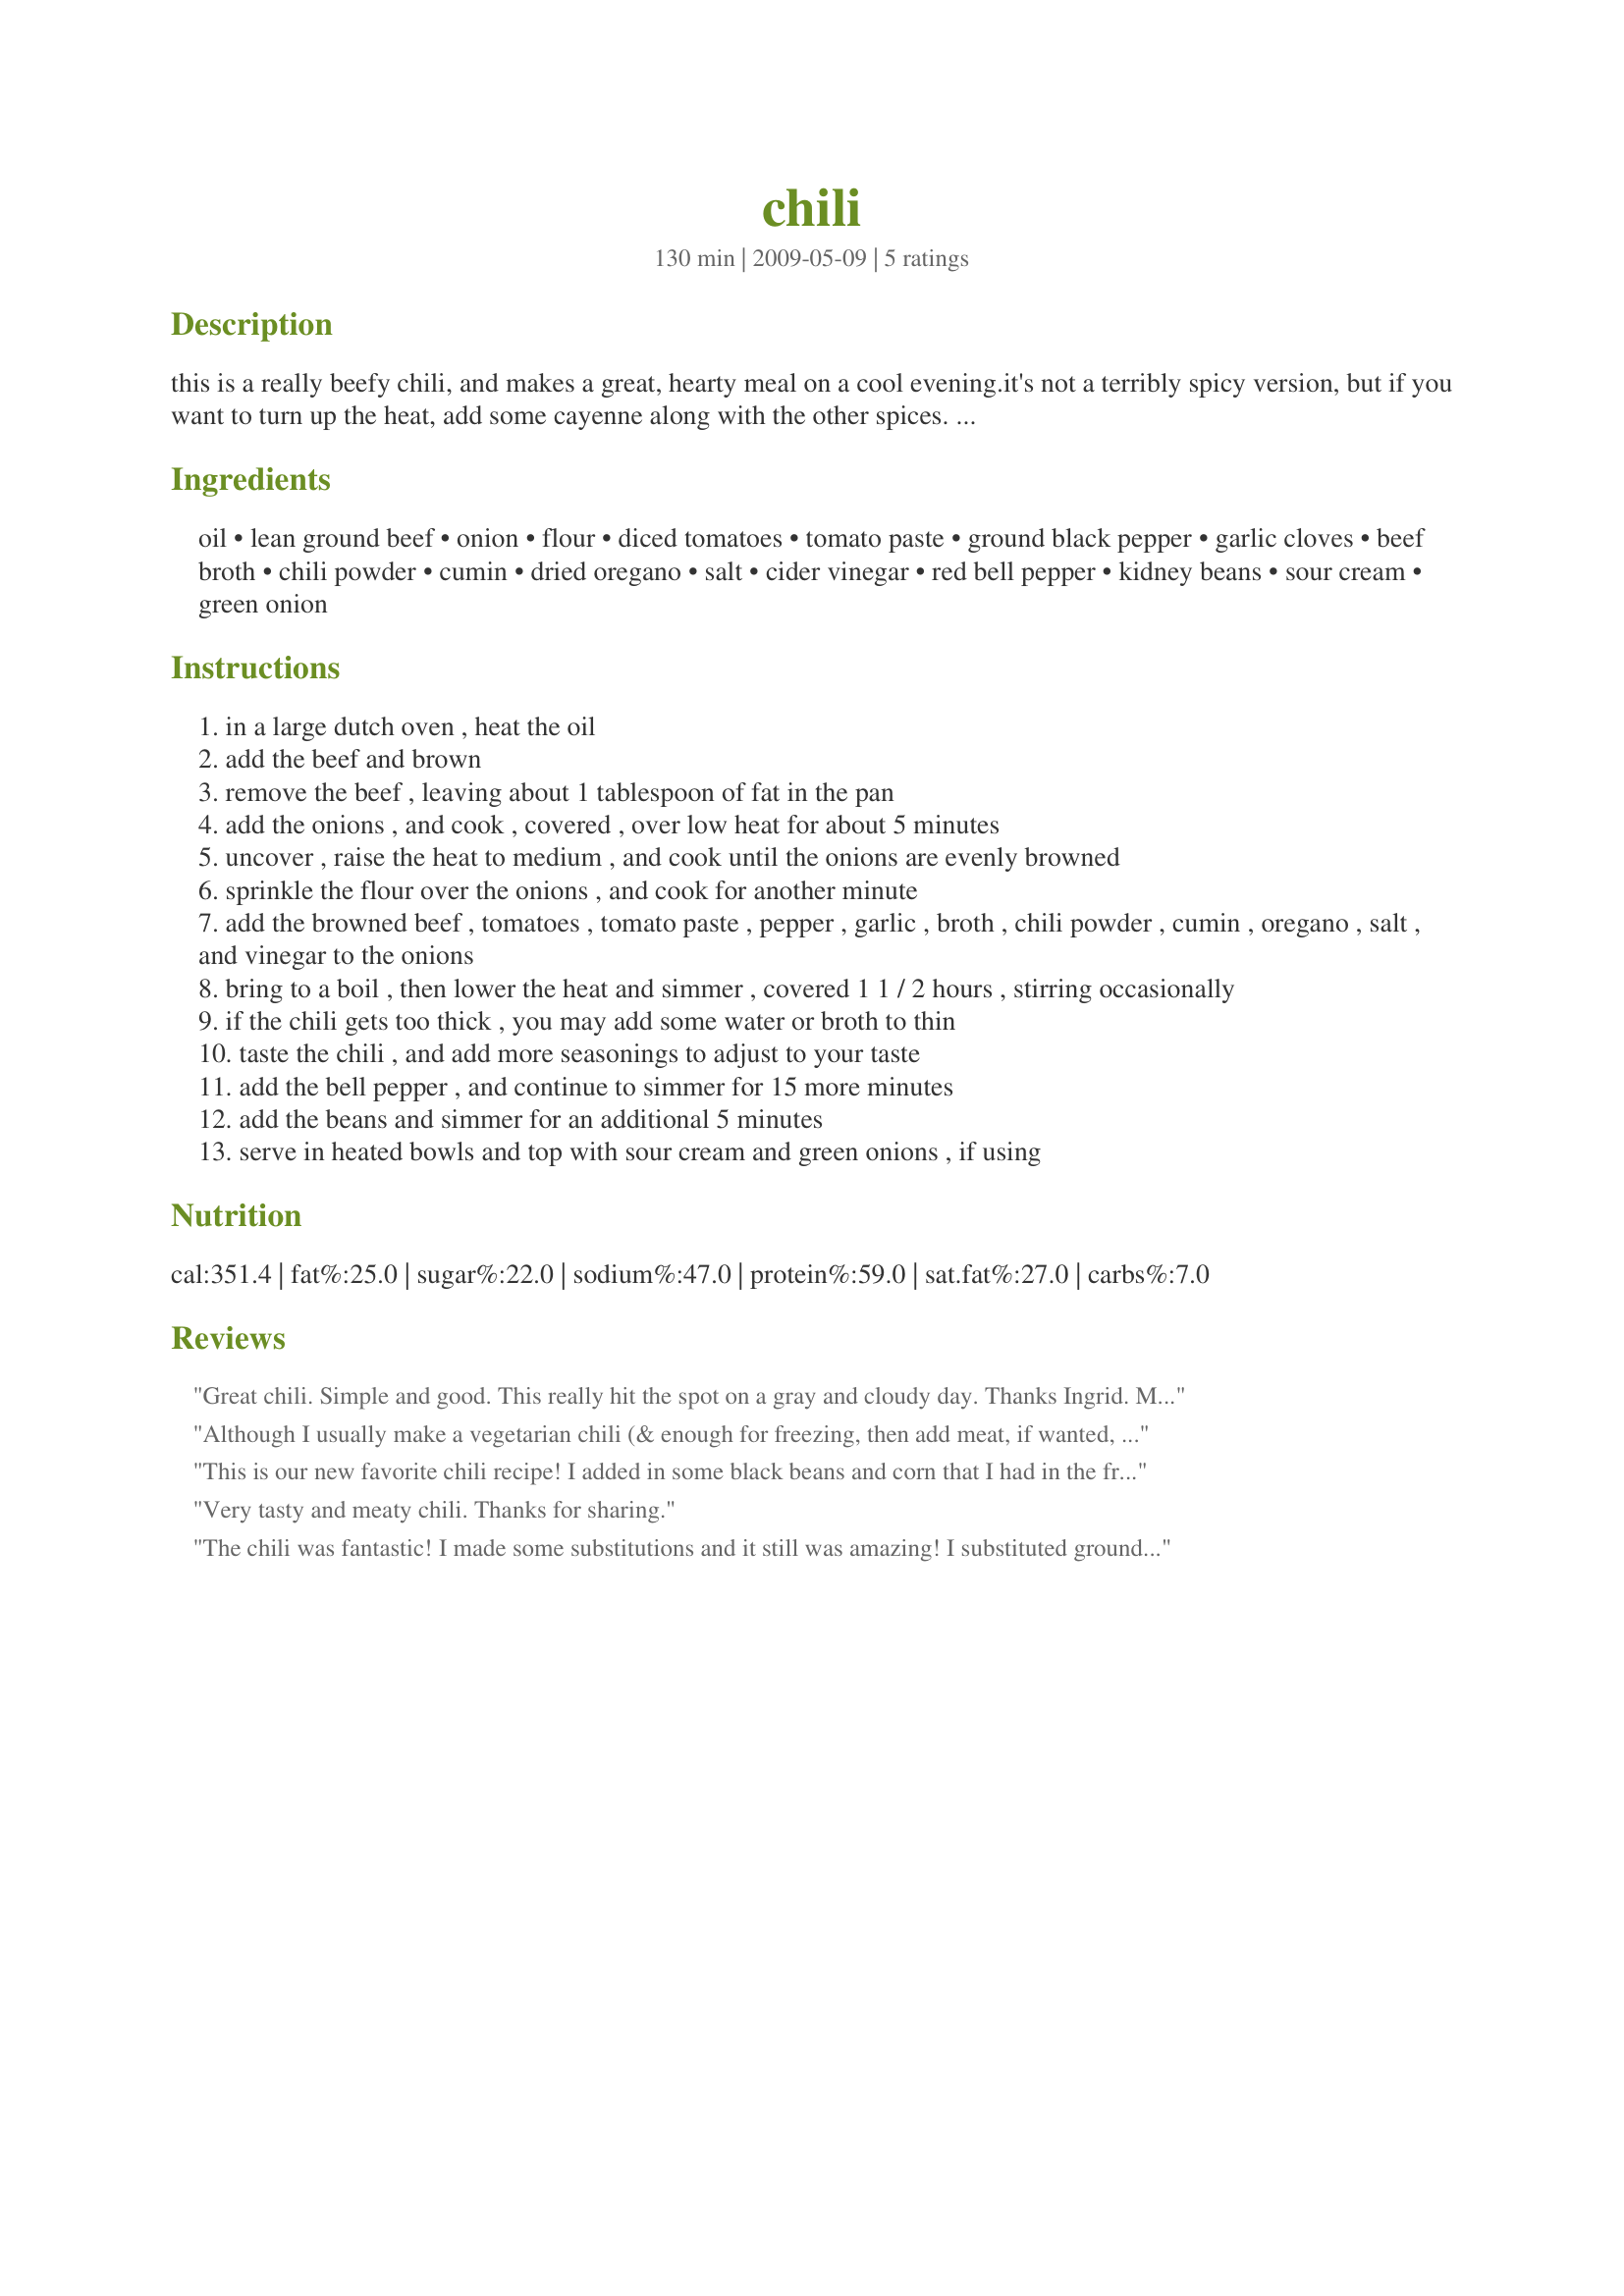
chili
Preparation time: 130 minutes

this is a really beefy chili, and makes a great, hearty meal on a cool evening.it's not a terribly spicy version, but if you want to turn up the heat, add some cayenne along with the other spices. i often add more seasoning at the end of the simmering time to suit whomever i'm serving. i probably get more requests to make this than anything except my gumbo. this also freezes beautifully (if you have any left!). i hope you enjoy it as much as i do!

Ingredients:
oil, lean ground beef, onion, flour, diced tomatoes, tomato paste, ground black pepper, garlic cloves, beef broth, chili powder, cumin, dried oregano, salt, cider vinegar, red bell pepper, kidney beans, sour cream, green onion

Steps:
in a large dutch oven , heat the oil
add the beef and brown
remove the beef , leaving about 1 tablespoon of fat in the pan
add the onions , and cook , covered , over low heat for about 5 minutes
uncover , raise the heat to medium , and cook until the onions are evenly browned
sprinkle the flour over the onions , and cook for another minute
add the browned beef , tomatoes , tomato paste , pepper , garlic , broth , chili powder , cumin , oregano , salt , and vinegar to the onions
bring to a boil , then lower the heat and simmer , covered 1 1 / 2 hours , stirring occasionally
if the chili gets too thick , you may add some water or broth to thin
taste the chili , and add more seasonings to adjust to your taste
add the bell pepper , and continue to simmer for 15 more minutes
add the beans and simmer for an additional 5 minutes
serve in heated bowls and top with sour cream and green onions , if using

Reviews:
Great chili. Simple and good. This really hit the spot on a gray and cloudy day. Thanks Ingrid. Made for Please Review My Recipe Tag.
Although I usually make a vegetarian chili (& enough for freezing, then add meat, if wanted, when reheating) I decided to go the whole route with this one & included the ground beef! Served up enough for 2 of us & froze the rest in 2 packets! Very tasty, very satisfying & very easy to make ~ A very nice keeper recipe! [Made & reviewed for one of my adoptees in the current Pick A Chef event]
This is our new favorite chili recipe! I added in some black beans and corn that I had in the fridge and made the recipe as directed. I love the fact that it has so much flavor and you don't have to add in the extra spice packet that most chili's call for. Thanks so much for a wonderful new family favorite! Made for ZWT 5.
Very tasty and meaty chili. Thanks for sharing.
The chili was fantastic! I made some substitutions and it still was amazing! I substituted ground tukey for the beef, browning it over low heat while constantly stirring to keep the meat tender, increasing the amount of meat to two lbs. I substituted chicken broth for beef broth, since I was using poultry as opposed to beef. Lastly, I substituted canned crushed tomatoes for diced, since that was what I had in my pantry. To preserve the juices from boiling out, I transferred the chili to a crock pot and simmered on high for the remaining 1-1/2 hours of cook time. The finished chili was topped with shredded Colby and Jack cheese, as well as a dollop of sour cream. Fresh hot cornbread just completed the dish. Sooo good! This recipe is a keeper! Thanks for sharing it!
